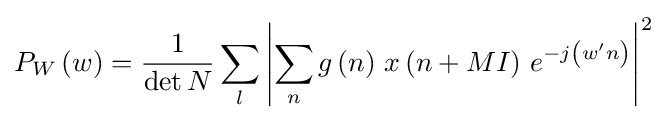
P_{W}\left(w\right)={\frac {1}{\det N}}\sum _{l}\left|\sum _{n}g\left(n\right)\,x\left(n+MI\right)\,e^{-j\left(w'n\right)}\right|^{2}